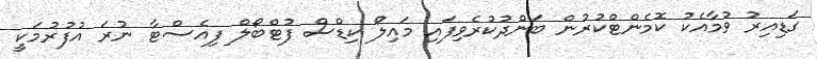
ގަޑިއިރު ވުމާއެކު ކޮމެންޓްކުރުން ބަންދުކުރެވިފައި މައިލޯ ކިޑްސް ފުޓްބޯލް ފިއެސްޓާ ނުރަ އުފުރުމަކީ